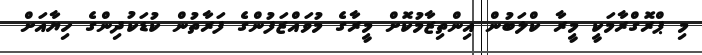
މި ޕްރޮގްރާމަކީ މީރާ ކްލަބުން އިންތިޒާމުކޮށް މީރާގެ މުވައްޒަފުންގެ ފަރާތުން ކުޑަކުދިންގެ ހިޔާއަށް